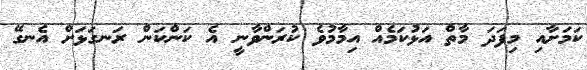
ކަމަށާއި މިފަދަ މާތް އަޅުކަމެއް އިމާމުވެ ކުރަންވާނީ އެ ކަންކަން ރަނގަޅަށް އެނގޭ